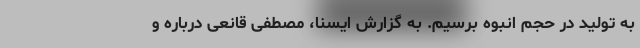
به تولید در حجم انبوه برسیم. به گزارش ایسنا، مصطفی قانعی درباره و